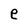
Character: e